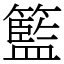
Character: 籃